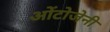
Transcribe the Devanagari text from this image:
ओंटोजेनी